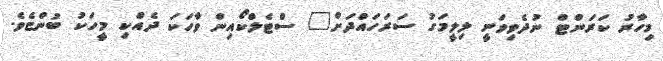
މިހާރު ކަރަންޓް ނުދެވިވަނީ ލިލީމަގު ސަރަހައްދަށް" ސްޓެލްކޯއިން ވާހަކަ ދެއްކި މީހަކު ބުންޏެވެ.